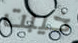
خيبت